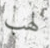
لهب